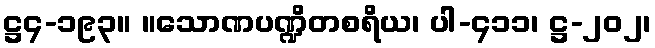
ဋ္ဌ၄-၁၉၃။ ။သောဏပဏ္ဍိတစရိယ၊ ပါ-၄၁၁၊ ဋ္ဌ-၂၀၂၊